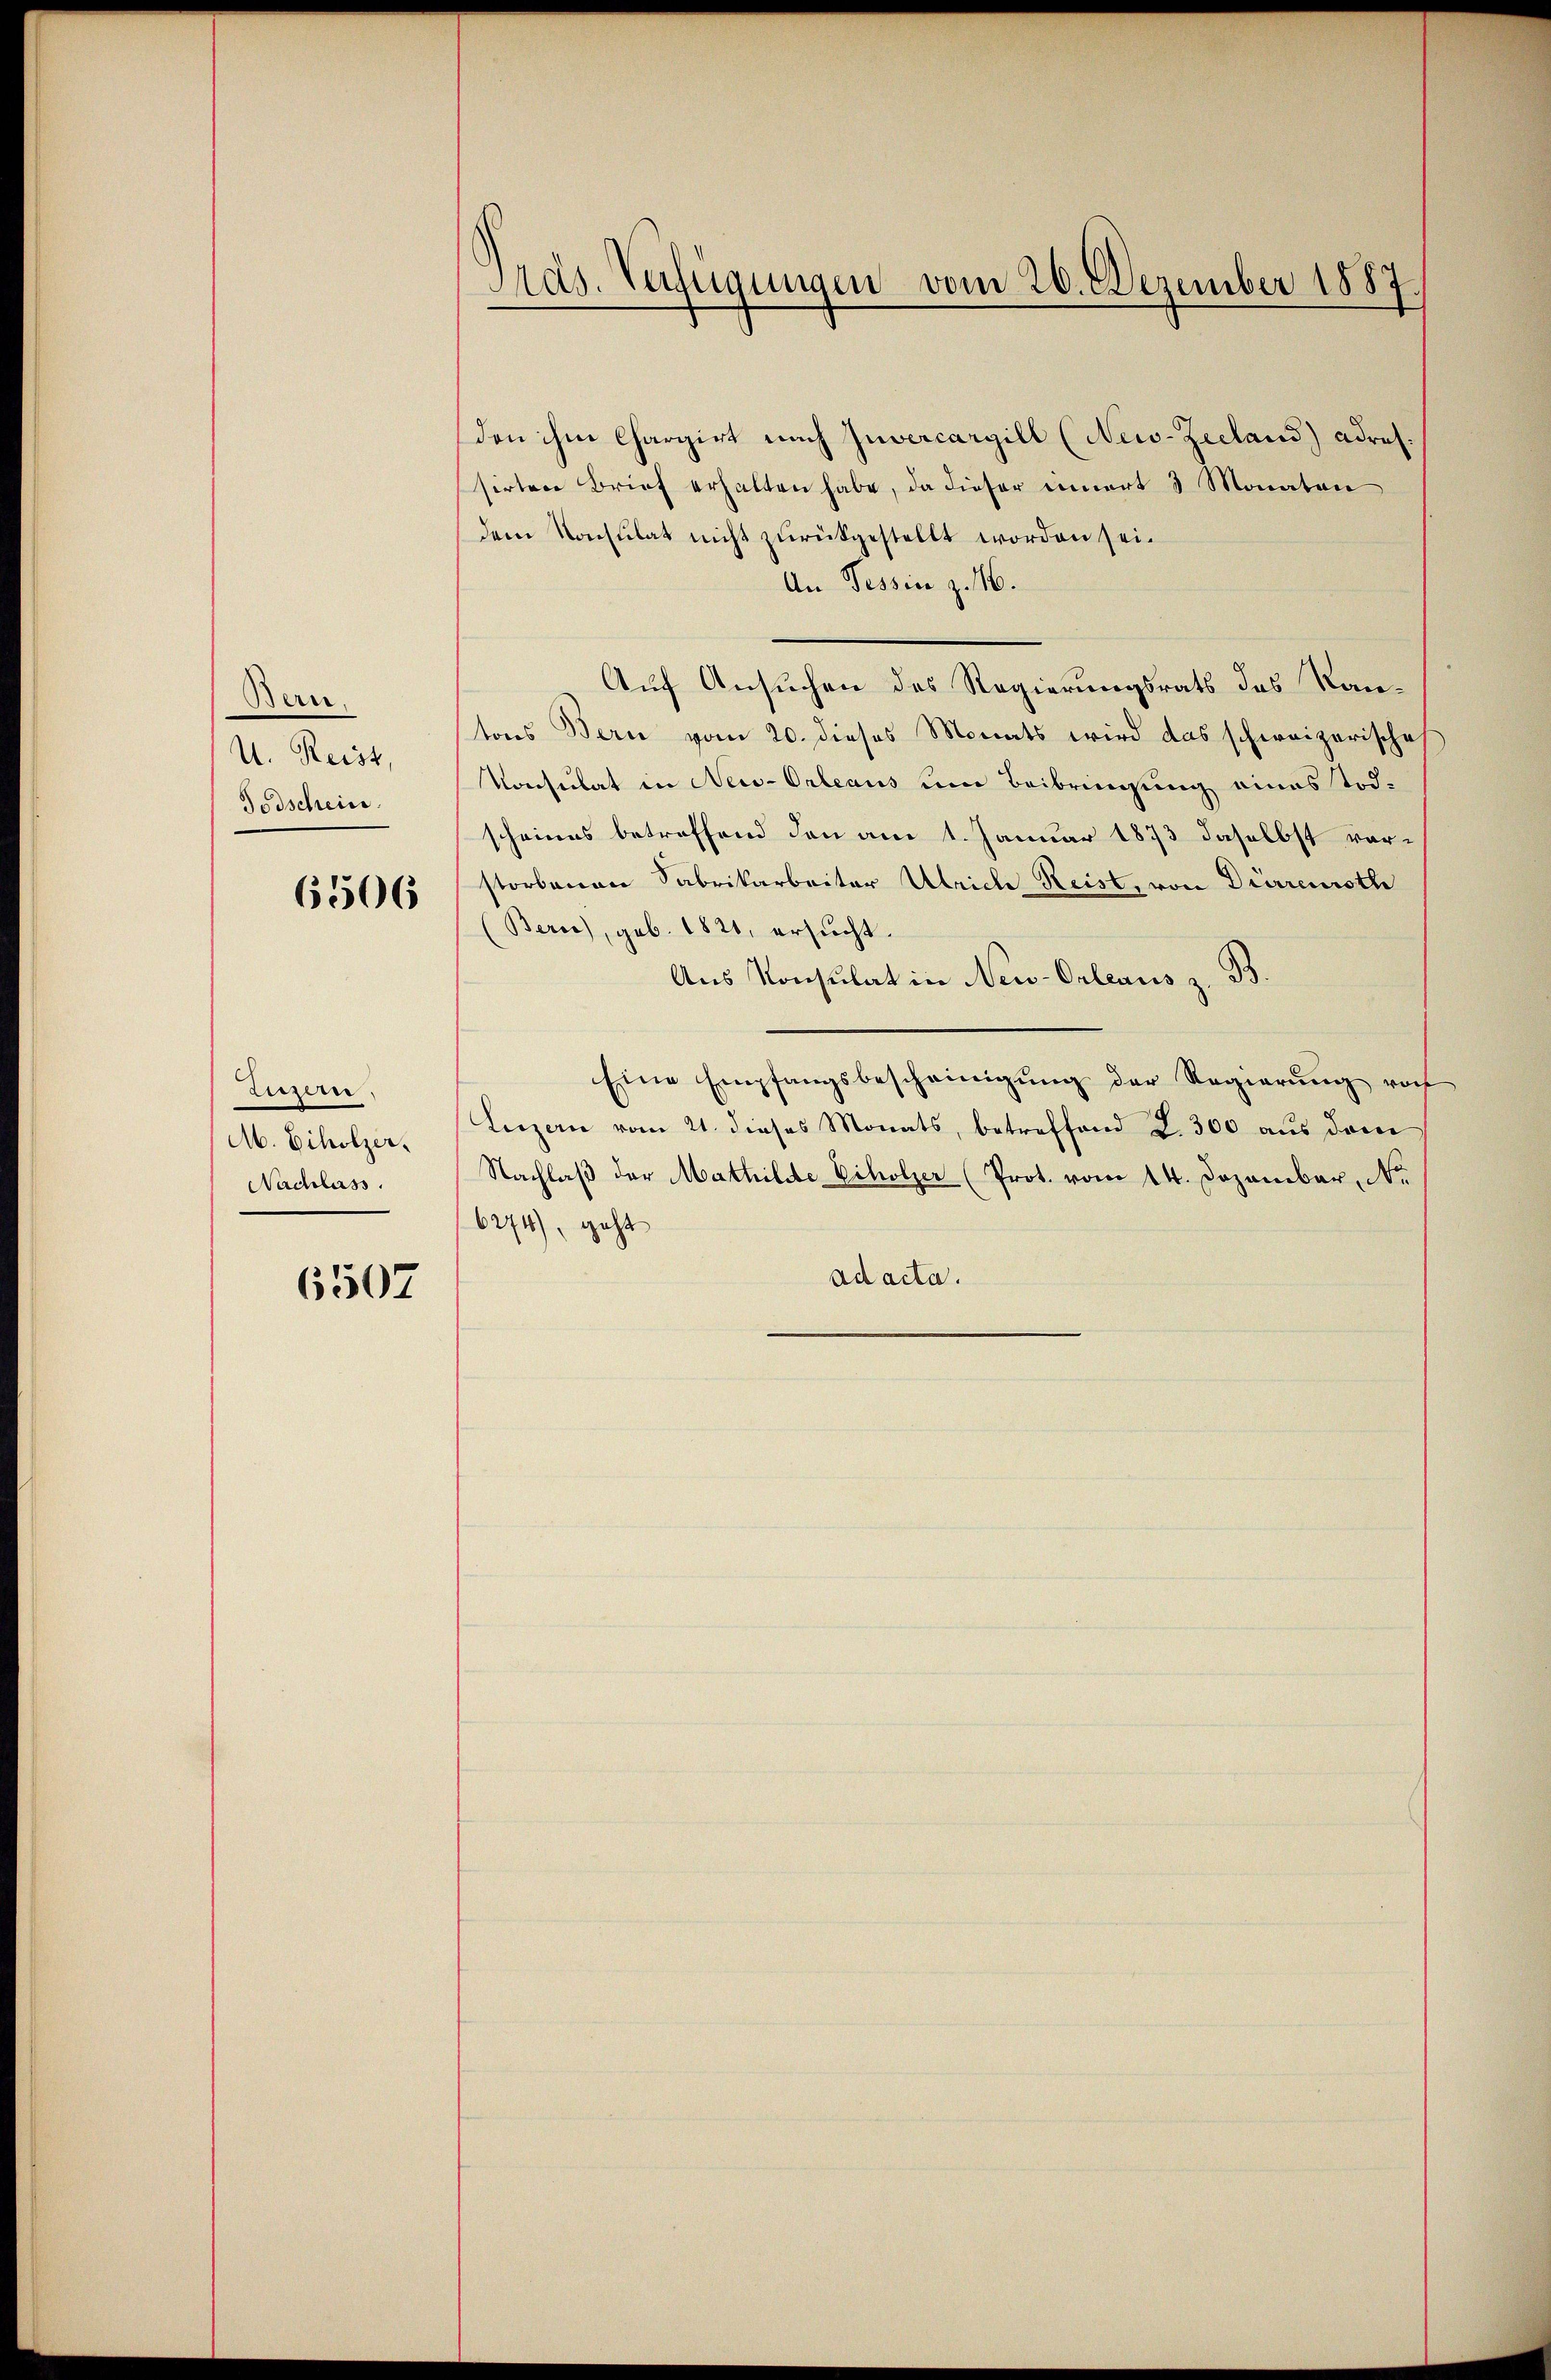
Bern.
U. Reist,
Todschein.

6506

Ziezere
M. Echolzer,
Nachlass.

6507

Präs. Verfügungen vom 20. Dezember 1887.

den ihm Chargirt nach Invercargill (New-Zeeland) adres.
sirten Brief erhalten habe, da dieser einert 3 Monaten
dem Konsulat nicht zurückgestellt worden sei.
An Tessin z. 16.
Auf Ansuchen des Regierungsrats des Kantons Bern vom 20. dieses Monats wird das schweizerische
Konsulat in New-Orleaus um Beibringung eines Tod.
scheines betreffend den am 1. Januar 1873 daselbst vorstorbenen Sabrikarbeiter Ulrich Reist, von Dürrenroth
(Berne), geb. 1821, ersŭcht.
Aus Konsulat in New-Orleaus z. B.
Eine Empfangsbescheinigung der Regierung noch
Luzern vom 21. dieses Monats, betreffend S. 300 aŭs derei
Nachlaβ der Mathilde Echolzer (Prot. vom 14. Dezember, Nr.
6274), geht
ad acta.